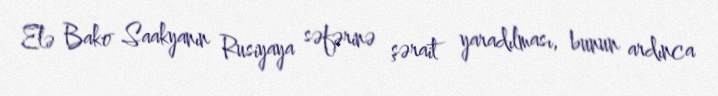
Elə Bako Saakyanın Rusiyaya səfərinə şərait yaradılması, bunun ardınca